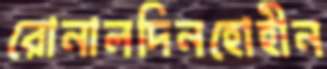
রোনালদিনহোহীন